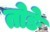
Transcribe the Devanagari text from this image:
तोङे